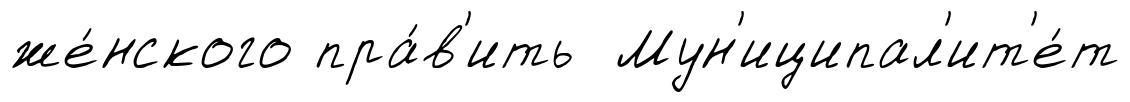
же́нского пра́в'ить Мун'иципал'ит'е́т